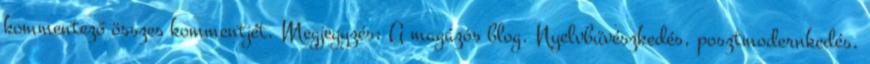
kommentező összes kommentjét. Megjegyzés: A magázós blog. Nyelvbűvészkedés, posztmodernkedés,